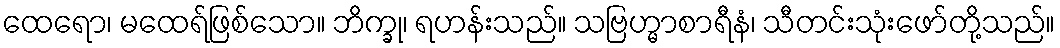
ထေရော၊ မထေရ်ဖြစ်သော။ ဘိက္ခု၊ ရဟန်းသည်။ သဗြဟ္မာစာရီနံ၊ သီတင်းသုံးဖော်တို့သည်။